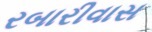
રબારીવાસ